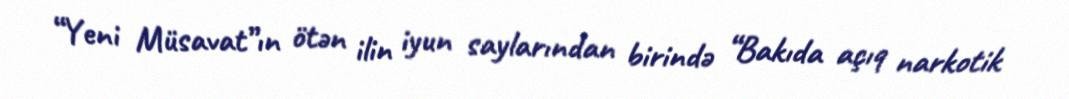
“Yeni Müsavat”ın ötən ilin iyun saylarından birində “Bakıda açıq narkotik